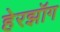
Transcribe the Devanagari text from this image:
हेरझॉग